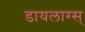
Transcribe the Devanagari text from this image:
डायलाग्स्